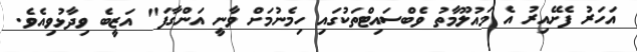
އަހަރު ފެށޭއިރު އެ މައުލޫމާތު ވެބްސައިޓްތަކުގައި ހިމެނުމަށް ވާނީ އަންގާފަ" އަޒީބެ ވިދާޅުވިއެވެ.